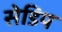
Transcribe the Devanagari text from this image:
सेडिय